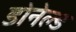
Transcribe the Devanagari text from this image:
डोनेल्ड